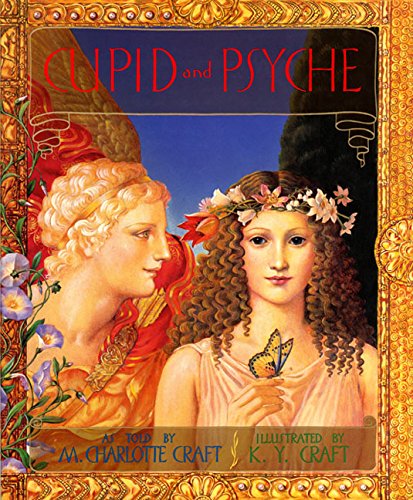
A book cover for Cupid and Psyche; M. Charlotte Craft; Children's Books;